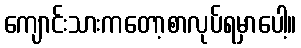
ကျောင်းသားကတော့စာလုပ်ရမှာပေါ့။